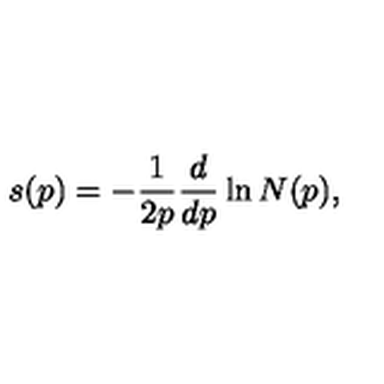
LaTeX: s ( p ) = - { \frac { 1 } { 2 p } } { \frac { d } { d p } } \ln N ( p ) ,